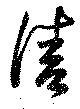
清